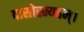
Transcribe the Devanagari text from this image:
दासोस्म्यहम्।